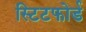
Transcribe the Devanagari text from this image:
स्टिटफोर्ड